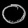
Digit: ၀